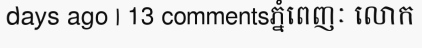
days ago | 13 commentsភ្នំពេញៈ លោក